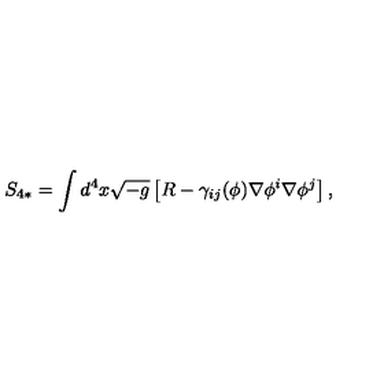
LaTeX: S _ { 4 * } = \int d ^ { 4 } x \sqrt { - g } \left[ R - \gamma _ { i j } ( \phi ) \nabla \phi ^ { i } \nabla \phi ^ { j } \right] ,